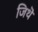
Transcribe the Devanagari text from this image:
जिथॆ